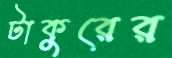
টাকুরের